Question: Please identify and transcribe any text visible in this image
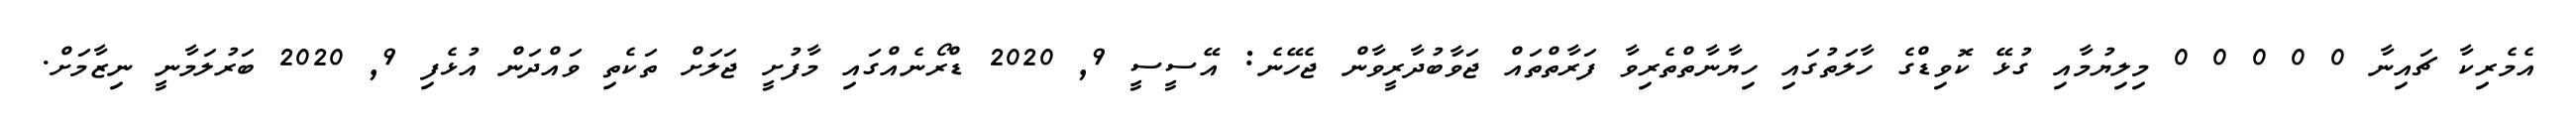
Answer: އެމެރިކާ ޗައިނާ 0 0 0 0 0 މިލިޔުމާއި ގުޅޭ ކޮވިޑްގެ ހާލަތުގައި ހިޔާނާތްތެރިވާ ފަރާތްތައް ޖަވާބުދާރީވާން ޖެހޭނެ: އޭސީސީ 9, 2020 ޑްރޯނެއްގައި މާފުށީ ޖަލަށް ތަކެތި ވައްދަން އުޅެފި 9, 2020 ބަރުލަމާނީ ނިޒާމަށް.